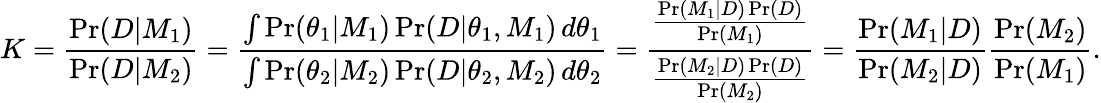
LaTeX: K={\frac{\operatorname*{Pr}(D|M_{1})}{\operatorname*{Pr}(D|M_{2})}}={\frac{\int\operatorname*{Pr}(\theta_{1}|M_{1})\operatorname*{Pr}(D|\theta_{1},M_{1})\, d\theta_{1}}{\int\operatorname*{Pr}(\theta_{2}|M_{2})\operatorname*{Pr}(D|\theta_{2},M_{2})\, d\theta_{2}}}={\frac{\frac{\operatorname*{Pr}(M_{1}|D)\operatorname*{Pr}(D)}{\operatorname*{Pr}(M_{1})}}{\frac{\operatorname*{Pr}(M_{2}|D)\operatorname*{Pr}(D)}{\operatorname*{Pr}(M_{2})}}}={\frac{\operatorname*{Pr}(M_{1}|D)}{\operatorname*{Pr}(M_{2}|D)}}{\frac{\operatorname*{Pr}(M_{2})}{\operatorname*{Pr}(M_{1})}}.